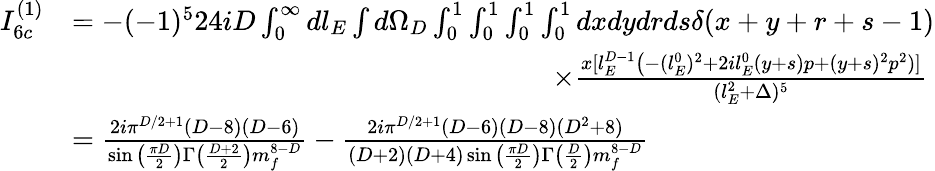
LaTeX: \begin{array}{rl}{I_{6c}^{(1)}}&{=-(-1)^{5}24iD\int_{0}^{\infty}dl_{E}\int d\Omega_{D}\int_{0}^{1}\int_{0}^{1}\int_{0}^{1}\int_{0}^{1}dxdydrds\delta(x+y+r+s-1)}\\ &{\quad\quad\quad\quad\quad\quad\quad\quad\quad\quad\quad\quad\quad\quad\quad\quad\quad\times\frac{x[l_{E}^{D-1}\big(-(l_{E}^{0})^{2}+2il_{E}^{0}(y+s)p+(y+s)^{2}p^{2})]}{(l_{E}^{2}+\Delta)^{5}}}\\ &{=\frac{2i\pi^{D/2+1}(D-8)(D-6)}{\sin\big(\frac{\pi D}{2}\big)\Gamma\big(\frac{D+2}{2}\big)m_{f}^{8-D}}-\frac{2i\pi^{D/2+1}(D-6)(D-8)(D^{2}+8)}{(D+2)(D+4)\sin\big(\frac{\pi D}{2}\big)\Gamma\big(\frac{D}{2}\big)m_{f}^{8-D}}}\end{array}